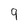
Character: 9